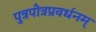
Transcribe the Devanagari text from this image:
पुत्रपौत्रप्रवर्धनम्